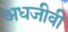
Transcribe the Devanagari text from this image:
अधजीवी